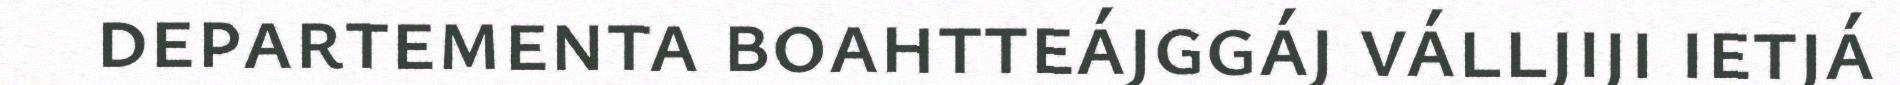
departementa boahtteájggáj válljiji ietjá